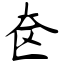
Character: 奁